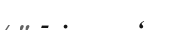
- .